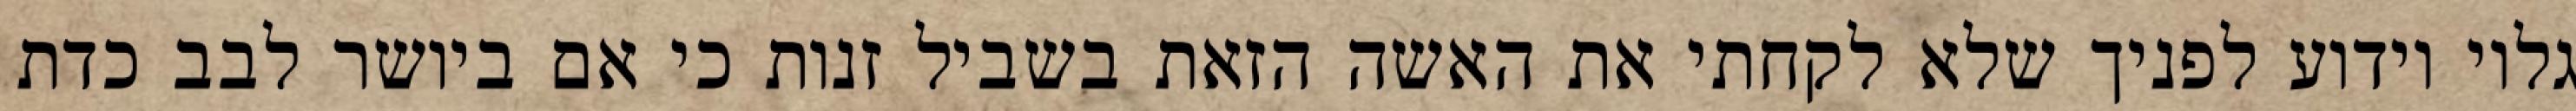
גלוי וידוע לפניך שלא לקחתי את האשה הזאת בשביל זנות כי אם ביושר לבב כדת